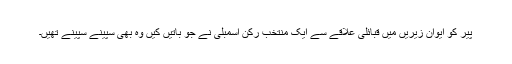
پیر کو ایوان زیریں میں قبائلی علاقے سے ایک منتخب رکن اسمبلی نے جو باتیں کیں وہ بھی سپینے سپینے تھیں۔